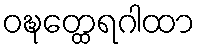
ဝဍ္ဎတ္ထေရဂါထာ